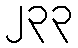
၂၃၃